Vaccination in Bombay 1889-1901 - 1889-1901
Year: 1889
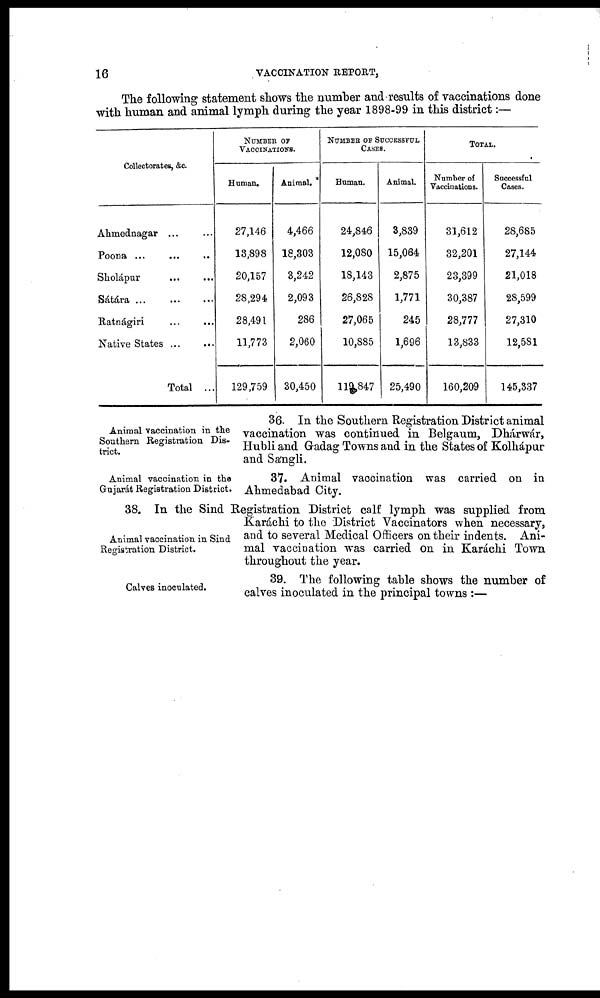
16
VACCINATION REPORT,
The following statement shows the number and results of vaccinations done
with human and animal lymph during the year 1898-99 in this district:—
Collectorates, &c.
Ahmednagar ... ...
Poona ... ... ...
Sholápur ... ...
Sátára ...
...
...
Ratnágiri ... ...
Native States
...
...
Total ...
NUMBER OF
VACCINATIONS.
Human.
27,146
13,898
20,157
28,294
28,491
11,773
129,759
Animal.
4,466
18,303
3,242
2,093
286
2,060
30,450
NUMBER OF SUCCESSFUL
CASES.
Human.
24,846
12,080
18,143
26,828
27,065
10,885
119,847
Animal.
3,839
15,064
2,875
1,771
245
1,696
25,490
TOTAL.
Number of
Vaccinations.
31,612
32,201
23,399
30,387
28,777
13,833
160,209
Successful
Cases.
28,685
27,144
21,018
28,599
27,310
12,581
145,337
Animal vaccination in the
Southern Registration Dis-
trict.
36. In the Southern Registration District animal
vaccination was continued in Belgaum, Dhárwár,
Hubli and Gadag Towns and in the States of Kolhápur
and Sángli.
Animal vaccination in the
Gujarát Registration District.
37. Animal vaccination was carried on in
Ahmedabad City.
Animal vaccination in Sind
Registration District.
38. In the Sind Registration District calf lymph was supplied from
Karáchi to the District Vaccinators when necessary,
and to several Medical Officers on their indents. Ani-
mal vaccination was carried on in Karáchi Town
throughout the year.
Calves inoculated.
39. The following table shows the number of
calves inoculated in the principal towns :—